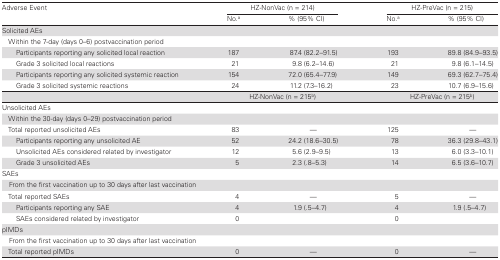
| Adverse Event | <COLSPAN=2> HZ-NonVac (n = 214) | <COLSPAN=2> HZ-PreVac (n = 215) |
 |  | No.a | % (95% CI) | No.a | % (95% CI) |
 | --- | --- | --- | --- | --- |
 | <COLSPAN=5> Solicited AEs |
 | <COLSPAN=5> Within the 7-day (days 0–6) postvaccination period |
 | Participants reporting any solicited local reaction | 187 | 87.4 (82.2–91.5) | 193 | 89.8 (84.9–93.5) |
 | Grade 3 solicited local reactions | 21 | 9.8 (6.2–14.6) | 21 | 9.8 (6.1–14.5) |
 | Participants reporting any solicited systemic reaction | 154 | 72.0 (65.4–77.9) | 149 | 69.3 (62.7–75.4) |
 | Grade 3 solicited systemic reactions | 24 | 11.2 (7.3–16.2) | 23 | 10.7 (6.9–15.6) |
 |  | <COLSPAN=2> HZ-NonVac (n = 215b) | <COLSPAN=2> HZ-PreVac (n = 215b) |
 | <COLSPAN=5> Unsolicited AEs |
 | <COLSPAN=5> Within the 30-day (days 0–29) postvaccination period |
 | Total reported unsolicited AEs | 83 | — | 125 | — |
 | Participants reporting any unsolicited AE | 52 | 24.2 (18.6–30.5) | 78 | 36.3 (29.8–43.1) |
 | Unsolicited AEs considered related by investigator | 12 | 5.6 (2.9–9.5) | 13 | 6.0 (3.3–10.1) |
 | Grade 3 unsolicited AEs | 5 | 2.3 (.8–5.3) | 14 | 6.5 (3.6–10.7) |
 | <COLSPAN=5> SAEs |
 | <COLSPAN=5> From the first vaccination up to 30 days after last vaccination |
 | Total reported SAEs | 4 | — | 5 | — |
 | Participants reporting any SAE | 4 | 1.9 (.5–4.7) | 4 | 1.9 (.5–4.7) |
 | SAEs considered related by investigator | 0 |  | 0 |  |
 | <COLSPAN=5> pIMDs |
 | <COLSPAN=5> From the first vaccination up to 30 days after last vaccination |
 | Total reported pIMDs | 0 | — | 0 | — |